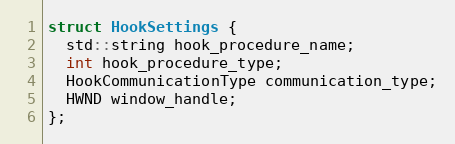
Language: C
struct HookSettings {
  std::string hook_procedure_name;
  int hook_procedure_type;
  HookCommunicationType communication_type;
  HWND window_handle;
};